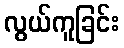
လွယ်ကူခြင်း